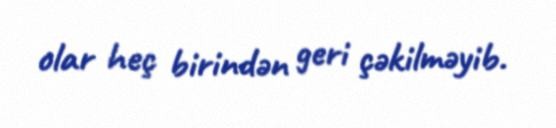
olar heç birindən geri çəkilməyib.